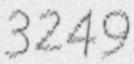
3249